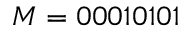
M = 0 0 0 1 0 1 0 1